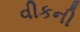
વીકની